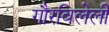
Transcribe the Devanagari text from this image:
गौरविलेली